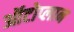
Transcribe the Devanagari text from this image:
ऑटोप्लान